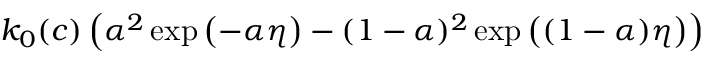
k _ { 0 } ( c ) \left( \alpha ^ { 2 } \exp { \left( - \alpha \eta \right) } - ( 1 - \alpha ) ^ { 2 } \exp { \left( ( 1 - \alpha ) \eta \right) } \right)